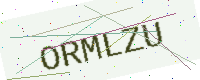
Text: ORMLZU